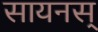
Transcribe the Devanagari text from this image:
सायनस्